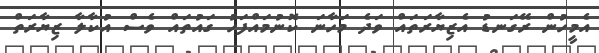
އެމީހުން ރޭގަނޑު އެޒިޔާރަތައް ވަދެ މަހާނަ ކޮނުމައްފަހު ގައުތައް ވެސް އުކާލާ ޒިޔާރަތް